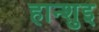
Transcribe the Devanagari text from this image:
हान्शुइ